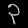
Digit: ၃